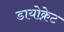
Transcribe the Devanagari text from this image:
डायोक्रेट